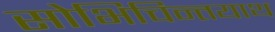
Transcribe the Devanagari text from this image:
सोभिचिन्तयाथ